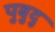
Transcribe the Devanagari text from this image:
पुबुदु